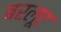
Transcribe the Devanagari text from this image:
बरलूट